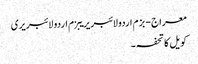
معراج - بزم اردو لائبریریبزم اردو لائبریری
کویل کا تحفہ ۔